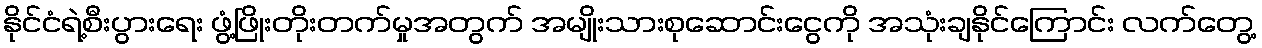
နိုင်ငံရဲ့စီးပွားရေး ဖွံ့ဖြိုးတိုးတက်မှုအတွက် အမျိုးသားစုဆောင်းငွေကို အသုံးချနိုင်ကြောင်း လက်တွေ့